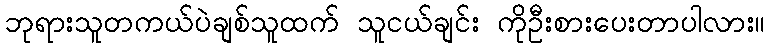
ဘုရားသူတကယ်ပဲချစ်သူထက် သူငယ်ချင်း ကိုဦးစားပေးတာပါလား။